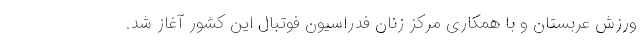
ورزش عربستان و با همکاری مرکز زنان فدراسیون فوتبال این کشور آغاز شد.